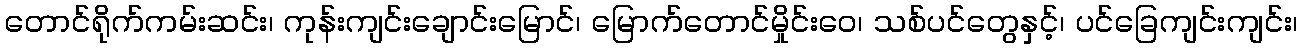
တောင်ရိုက်ကမ်းဆင်း၊ ကုန်းကျင်းချောင်းမြောင်၊ မြောက်တောင်မှိုင်းဝေ၊ သစ်ပင်တွေနှင့်၊ ပင်ခြေကျင်းကျင်း၊